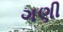
ગણી